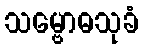
သမ္ဗောဓသုခံ